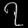
Digit: ၇